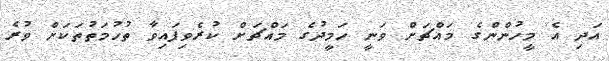
އަދި އެ މީހުންންގެ މައްޗަށް ވަނީ ހަމީދުގެ މައްޗަށް ކުރެވިފައިވާ ތުހުމަތުތަކަށް ވުރެ